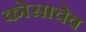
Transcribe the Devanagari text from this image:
कोसाचेव